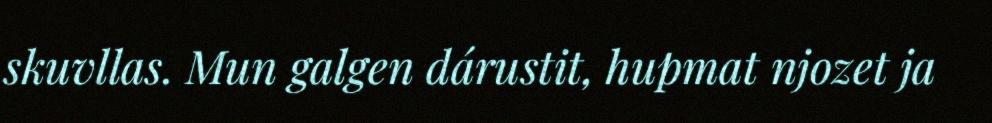
skuvllas. Mun galgen dárustit, hupmat njozet ja